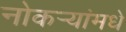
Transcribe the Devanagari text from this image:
नोकर्‍यांमधे